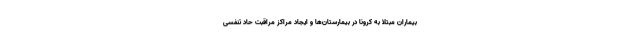
بیماران مبتلا به کرونا در بیمارستان‌ها و ایجاد مراکز مراقبت حاد تنفسی